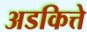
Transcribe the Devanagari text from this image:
अडकित्ते